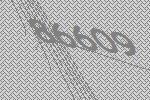
86609